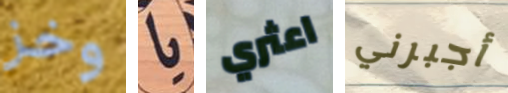
وخز يا اعثري أجبرني